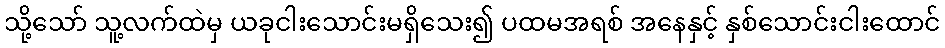
သို့သော် သူ့လက်ထဲမှ ယခုငါးသောင်းမရှိသေး၍ ပထမအရစ် အနေနှင့် နှစ်သောင်းငါးထောင်